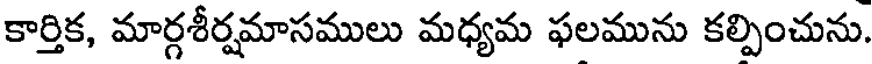
కార్తిక, మార్గశీర్షమాసములు మధ్యమ ఫలమును కల్పించును.